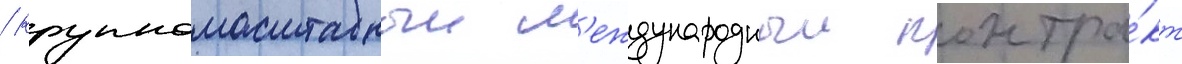
/ крупномасштабныи м'еждународныи контра́кт